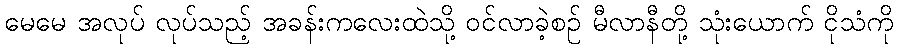
မေမေ အလုပ် လုပ်သည့် အခန်းကလေးထဲသို့ ဝင်လာခဲ့စဉ် မီလာနီတို့ သုံးယောက် ငိုသံကို